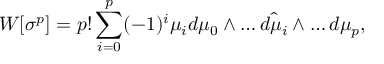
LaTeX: W [ \sigma ^ { p } ] = p ! \sum _ { i = 0 } ^ { p } ( - 1 ) ^ { i } \mu _ { i } d \mu _ { 0 } \wedge \dots \hat { d \mu _ { i } } \wedge \dots d \mu _ { p } ,